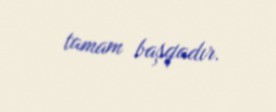
tamam başqadır.